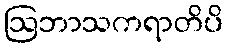
ဩဘာသကရာတိပိ